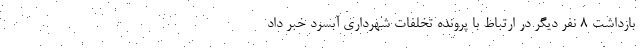
بازداشت ۸ نفر دیگر در ارتباط با پرونده تخلفات شهرداری آبسرد خبر داد